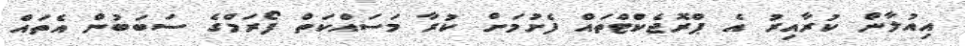
އިއުލާން ކުރާއިރު އެ ޕްރޮޖެކްޓްތައް ފެށުމަށް ކުރާ މަސައްކަތް ފޯރަމްގެ ސަބަބުން އެތައް